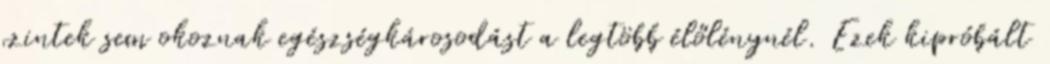
szintek sem okoznak egészségkárosodást a legtöbb élőlénynél. Ezek kipróbált